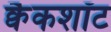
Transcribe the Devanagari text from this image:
क्वैकशॉट